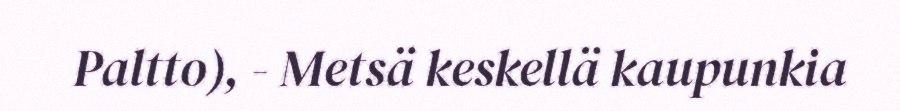
Paltto), - Metsä keskellä kaupunkia